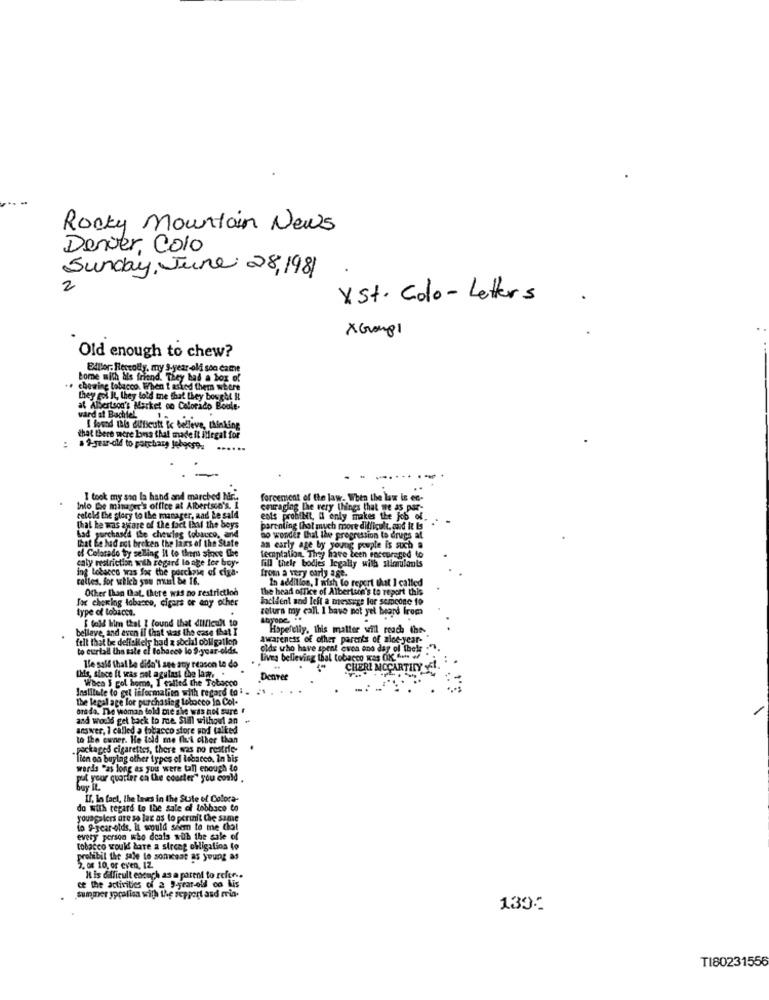
Rocky Mountain News
Denver, Colo
Sunday, June 28, 1981
2
X St. Colo -Letters
XGroup1
Old enough to chew?
EAllor. Reccolly, my S-year-oldi soo came
Lome with his friend. They had a box of
chewing tobacco. When I asked the
they gol It, they told me that they bought H
ward af Bachfel
at Albertson's Market co Colorido Boule-
I found this difficult ic belleve, thinking
that there were bons that made it Megat for
:
2-year-old to patchany Jobgest.
......
I took my son la hand and marched Mr ..
forcement of the law. When the law is en-
Into the minager's office at Albertson's. I
couraging the very things that we as par-
teleld the story to the manager, and Le sald
ests probilt, Il only makes the Job of
that ke was aware of the fact that the boys
parenting that much more difficult, and it Is
Lad purchased the chewies tobacco, and
That be luad est breken the laxs of the State
no wonder that the progression to drugs at
of Colorado by selling It to theru stove Che
an early age by young peuple is such a
caly restriction with regard lo age lee boy-
temptation. They have been eoccureged to
lill their bodies legally with stimulants
ing tobacco was for the purchase of ciga-
from a very carly age.
celtes, for which you must be 16.
In addition, I wish to report that I called
Other than Dat, there was no restriction
The head office of Alberture's to report this
for chewing tobacco, cigars or any other
incident and left a message for someone 10
type of lobacca.
return my call. 1 have not yet heard from
[ fold him that I found that difficult to
belleve, and even il that was the case that I
Hopefully, this matter will reach thes
felt that be delfoliely had a social obll gallon
awareness of other parents of aloe-year-
to curtail the sale el tobacco lo 9-year-olds.
olds who have spent crea and day of thele
Lives believing thal tobacco was OK 6- ₩
l'e sall thal be didn't see any reason to do
CHERI MCCARTITY
Ihs, since it was not agulast the law, .
When 5 gol home, I called the Tobacco
Denver
Institute to get information with regard to . . 1
the legal age for purchasing letocco in Col.
orada. The woman fold mie she was not sure #
and would get back to roe. Still without an
answer, I called a tobacco store and talked
to the cwner. He told me thi other than
packaged cigarettes, there was no restric-
Tien on buylag other types of tobacco, In his
words "as long as you were tall enough to
fut your quarter on the courter" you could .
buy it.
If, lo fact, the laws in the State of Colora-
do with regard to the sale of lobhace to
youngalers are so lac as lo perunit Che same
do -year-olds, it would seem to me dot
every person who deals with the sale of
tobacco would bare a strong obligation to
prohibit the sale to somcsat as young as
5. of 10, or even, IZ
IL is difficult encach as a parent to refer ..
ce the activities of a 9-year-old co Lis
summer ypcation with the support and ria.
139:
TI80231556